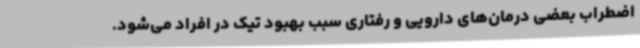
اضطراب بعضی درمان‌های دارویی و رفتاری سبب بهبود تیک در افراد می‌شود.